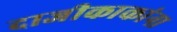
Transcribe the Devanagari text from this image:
दाजीकाकांना